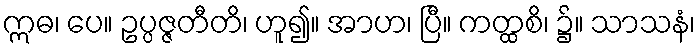
ဣဓ၊ ပေ။ ဥပ္ပဇ္ဇတီတိ၊ ဟူ၍။ အာဟ၊ ပြီ။ ကတ္ထစိ၊ ၌။ သာသနံ၊